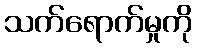
သက်ရောက်မှုကို